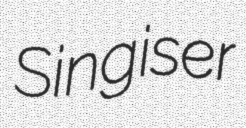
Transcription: Singiser